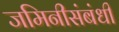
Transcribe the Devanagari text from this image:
जमिनीसंबंधी